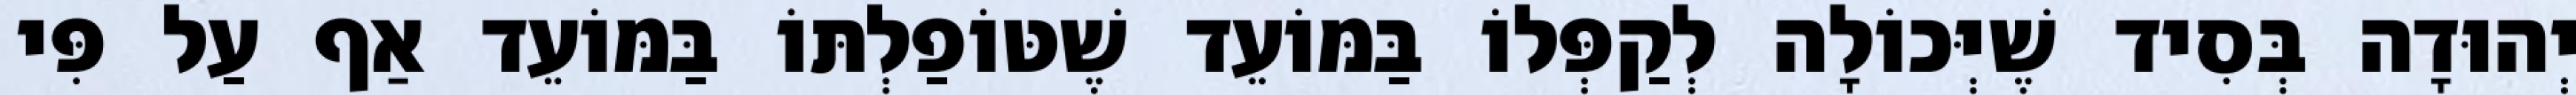
יְהוּדָה בְּסִיד שֶׁיְּכוֹלָה לְקַפְּלוֹ בַּמּוֹעֵד שֶׁטּוֹפַלְתּוֹ בַּמּוֹעֵד אַף עַל פִּי